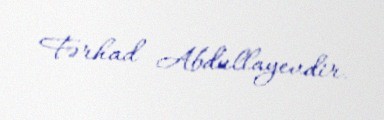
Fərhad Abdullayevdir.